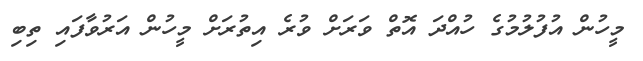
މީހުން އުފުލުމުގެ ހުއްދަ އޮތް ވަރަށް ވުރެ އިތުރަށް މީހުން އަރުވާފައި ތިބި